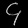
Digit: ၄